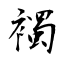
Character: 襡